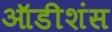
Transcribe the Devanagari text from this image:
ऑडीशंस